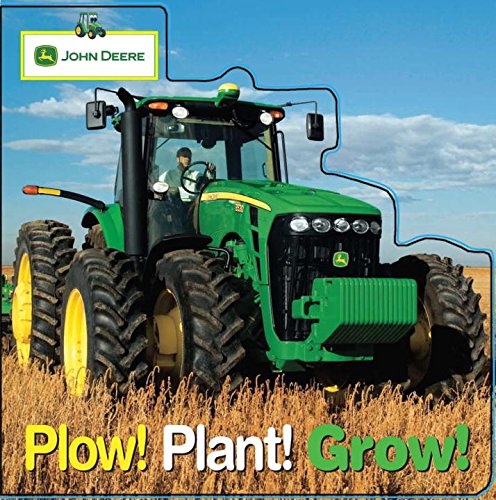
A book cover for John Deere: Plow, Plant, Grow (John Deere (Parachute Press)) (John Deere (DK Hardcover)); Parachute Press; Children's Books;